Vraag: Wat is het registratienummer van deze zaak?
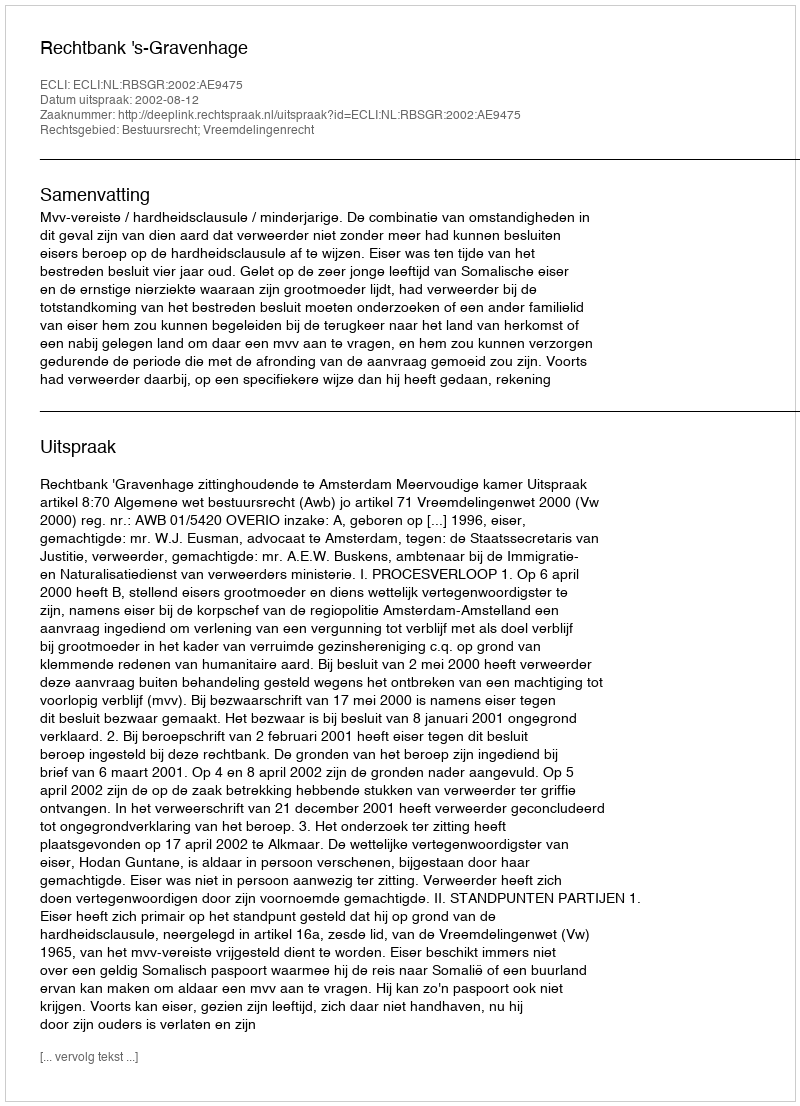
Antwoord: http://deeplink.rechtspraak.nl/uitspraak?id=ECLI:NL:RBSGR:2002:AE9475